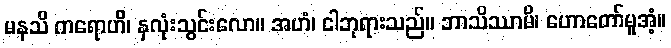
မနသိ ကရောဟိ၊ နှလုံးသွင်းလော။ အဟံ၊ ငါဘုရားသည်။ ဘာသိဿာမိ၊ ဟောတော်မူအံ့။